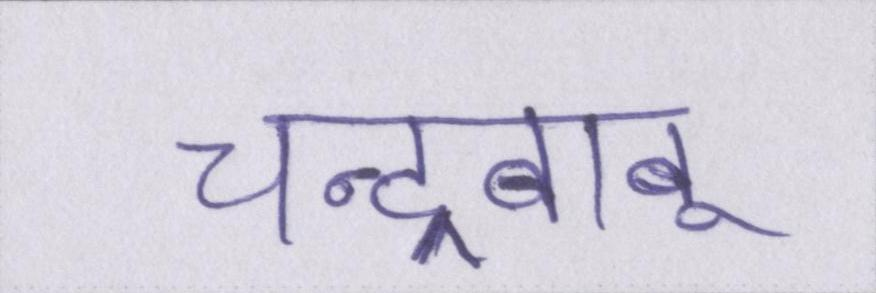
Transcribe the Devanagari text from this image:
चन्द्रबाबू